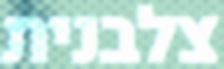
צלבנית